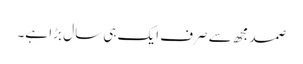
صمد مجھ سے صرف ایک ہی سال بڑا ہے۔